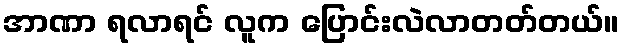
အာဏာ ရလာရင် လူက ပြောင်းလဲလာတတ်တယ်။